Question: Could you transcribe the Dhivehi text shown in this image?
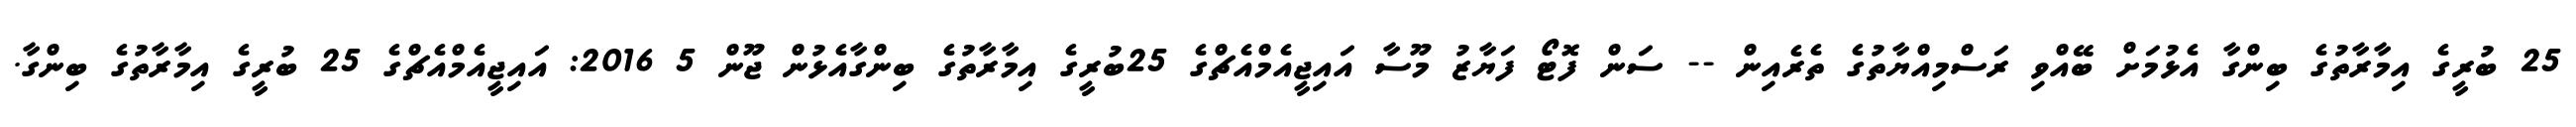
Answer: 25 ބުރީގެ އިމާރާތުގެ ބިންގާ އެޅުމަށް ބޭއްވި ރަސްމިއްޔާތުގެ ތެރެއިން -- ސަން ފޮޓޯ ފަޔާޒު މޫސާ އައިޖީއެމްއެޗްގެ 25ބުރީގެ އިމާރާތުގެ ބިންގާއެޅުން ޖޫން 5 2016: އައިޖީއެމްއެޗްގެ 25 ބުރީގެ އިމާރާތުގެ ބިންގާ.